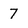
Character: 7